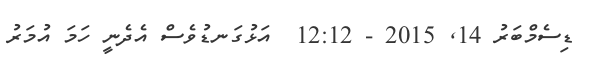
ޑިސެމްބަރު 14